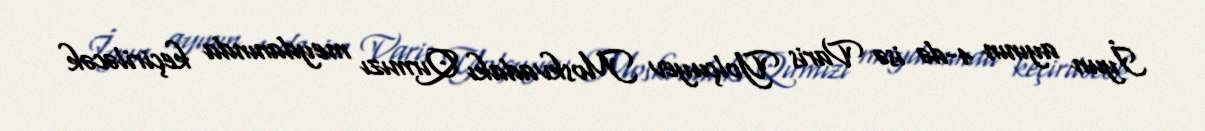
İyun ayının 4-də isə Varis Yolçuyev Moskvadakı Qırmızı meydanında keçiriləcək